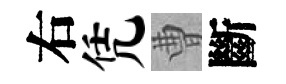
右凭曹斷